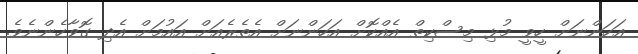
އަހަންނަށް ހީވީ މުޅި މިސްކިތް އެއްކޮށް އަހަންނަށް އެތެރެއަށް އައުމަށް އެދި ގޮވާހެންނެވެ.